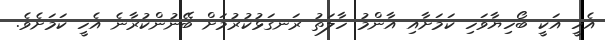
އެހީ އަކީ ބޯހިޔާވަހި ކަމަށާއި އާންމު ހާލަތު ރަނގަޅުކުރުމަށް ބޭނުންކުރާނެ އެހީ ކަމަށެވެ.